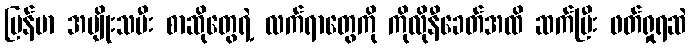
မြန်မာ အမျိုးသမီး စာဆိုတွေရဲ့ လက်ရာတွေကို ကိုလိုနီခေတ်အထိ ဆက်ပြီး ဖတ်ရှုရဆဲ